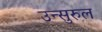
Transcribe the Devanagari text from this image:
उन्सुरुल